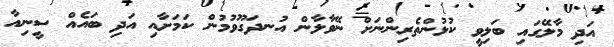
އަދި މާލޭގައި ބަލިވީ ކުޅުންތެރިންނަށް ނޭވާލާން އުނދަގޫވުމުން ކަމަށާއި އަދި ބައެއް ސީނިއާ